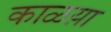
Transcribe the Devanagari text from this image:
काळय़ा